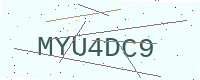
Text: MYU4DC9